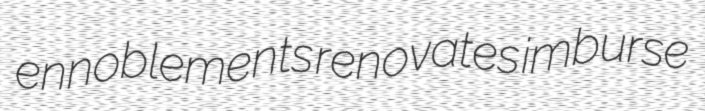
ennoblements renovates imburse